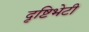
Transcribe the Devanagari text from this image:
दृष्टिभेटी